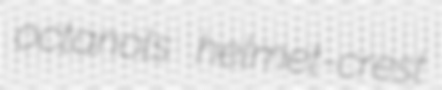
octanols helmet-crest